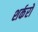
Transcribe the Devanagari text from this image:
शर्करों